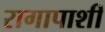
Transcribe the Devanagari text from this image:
रागापाशी